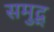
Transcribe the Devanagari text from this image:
समुद्र्